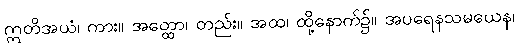
ဣတိအယံ၊ ကား။ အတ္ထော၊ တည်း။ အထ၊ ထို့နောက်၌။ အပရေနသမယေန၊